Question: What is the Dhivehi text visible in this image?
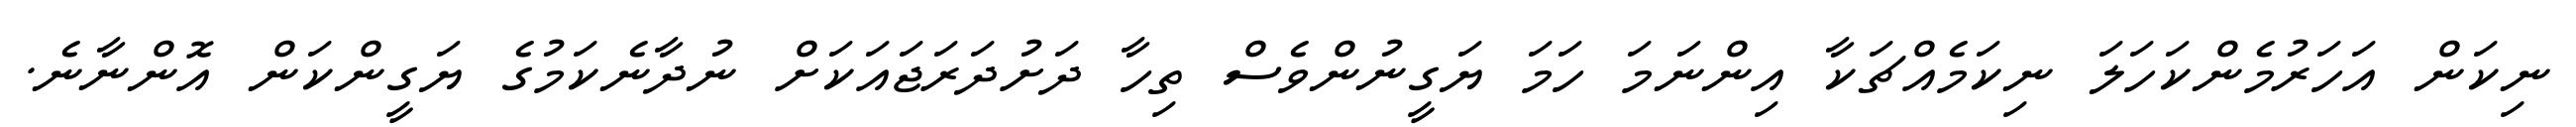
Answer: ނިކަން އަހަރުމެންކަހަލަ ނިކަމެއްޗަކާ އިންނަމަ ހަމަ ޔަގީނުންވެސް ތިހާ ދަށުދަރަޖައަކަށް ނުދާނެކަމުގެ ޔަގީންކަން އޮންނާނެ.